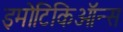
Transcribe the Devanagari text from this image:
इमोटिकिऑन्स